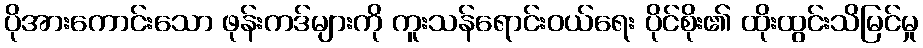
ပိုအားကောင်းသော ဖုန်းကဒ်များကို ကူးသန်ရောင်းဝယ်ရေး ပိုင်စိုး၏ ထိုးထွင်းသိမြင်မှု